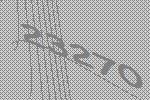
23270